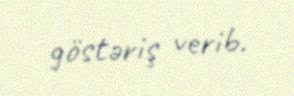
göstəriş verib.